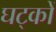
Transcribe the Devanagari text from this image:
घट्कों